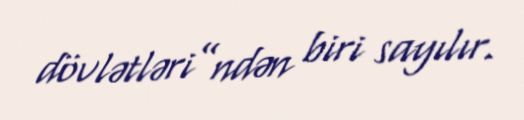
dövlətləri”ndən biri sayılır.